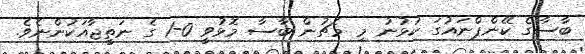
ބާސާގެ ކޭންޕްނައުގަ ކުޅުނު މި މެޗުން ބާސާ މޮޅުވީ 0-1 ގެ ނަތީޖާއަކުންނެވެ.